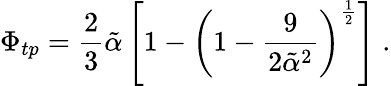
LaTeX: \Phi_{tp}=\frac{2}{3}\tilde{\alpha}\left[1-\left(1-\frac{9}{2\tilde{\alpha}^{2}}\right)^{\frac{1}{2}}\right]\; .